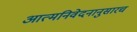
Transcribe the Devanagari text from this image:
आत्मनिवेदनानुसारच